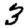
Digit: 3